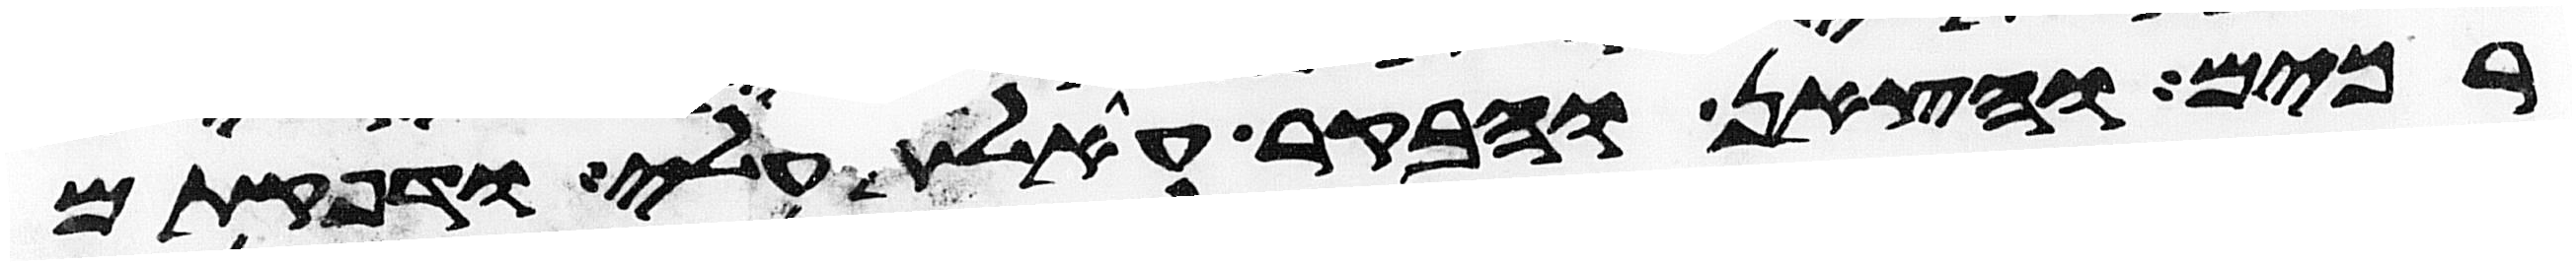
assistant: רכים והצאן והבקר אעלת עלי ודפקתים